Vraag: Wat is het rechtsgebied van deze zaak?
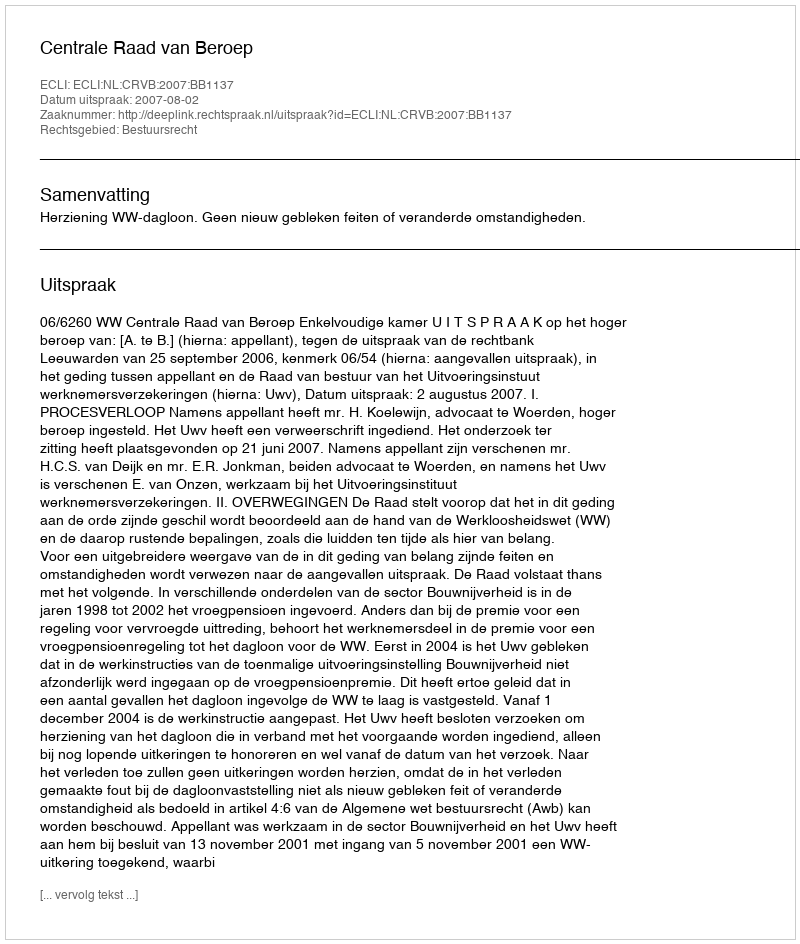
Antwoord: Bestuursrecht